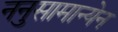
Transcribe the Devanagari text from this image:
ननुसामान्येन